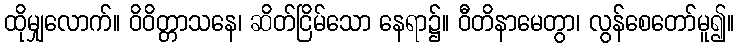
ထိုမျှလောက်။ ဝိဝိတ္တာသနေ၊ ဆိတ်ငြိမ်သော နေရာ၌။ ဝီတိနာမေတွာ၊ လွန်စေတော်မူ၍။